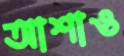
আশাও